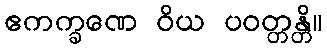
ဧကက္ခဏေ ဝိယ ပဝတ္တန္တိ။